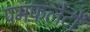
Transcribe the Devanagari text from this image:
पमफ़लेटों